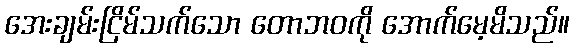
အေးချမ်းငြိမ်သက်သော တောဘဝကို အောက်မေ့မိသည်။